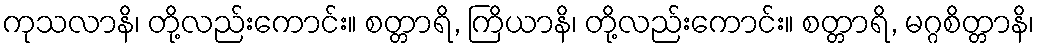
ကုသလာနိ၊ တို့လည်းကောင်း။ စတ္တာရိ, ကြိယာနိ၊ တို့လည်းကောင်း။ စတ္တာရိ, မဂ္ဂစိတ္တာနိ၊